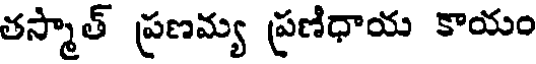
తస్మాత్ ప్రణమ్య ప్రణిధాయ కాయం